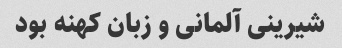
شیرینی آلمانی و زبان کهنه بود